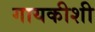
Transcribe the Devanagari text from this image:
गायकीशी